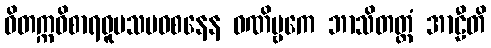
ဝိတက္ကဝိစာရဝူပသမဝစနေန ဝဏိဗ္ဗကေ ဘာသိတတ္ထံ အာဠီတိ